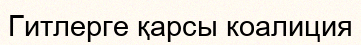
Гитлерге қарсы коалиция